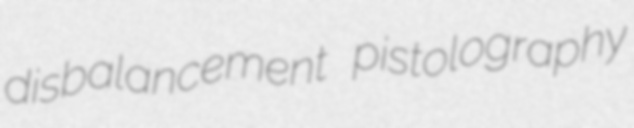
disbalancement pistolography